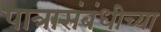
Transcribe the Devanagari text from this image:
पात्रासंबंधीच्या